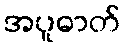
အပူဓာတ်